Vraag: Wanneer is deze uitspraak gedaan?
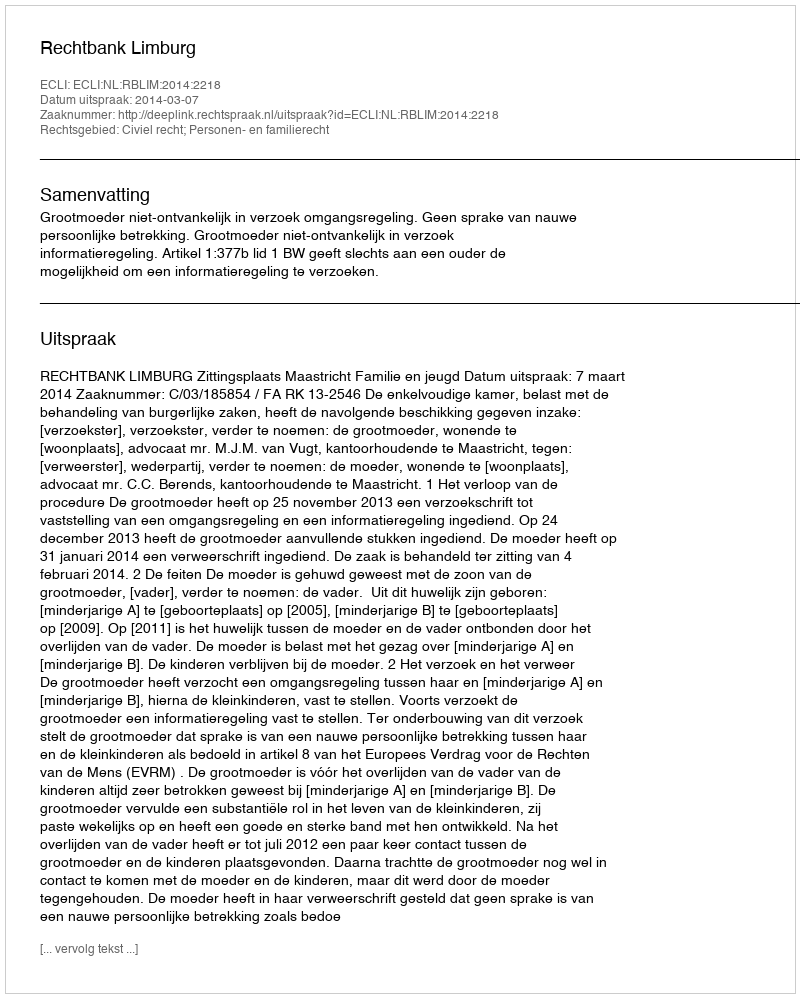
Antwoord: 2014-03-07